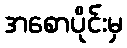
အစောပိုင်းမှ